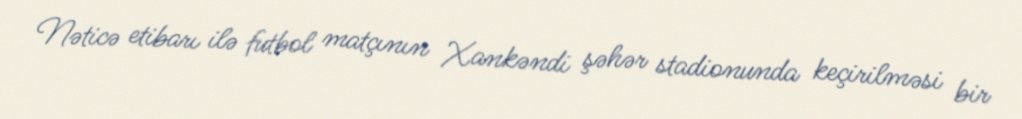
Nəticə etibarı ilə futbol matçının Xankəndi şəhər stadionunda keçirilməsi bir